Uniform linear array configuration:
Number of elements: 48
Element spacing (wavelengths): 0.5
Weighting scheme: exponential
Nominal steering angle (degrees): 15
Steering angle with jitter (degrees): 14.055
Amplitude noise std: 0.05
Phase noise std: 0.05

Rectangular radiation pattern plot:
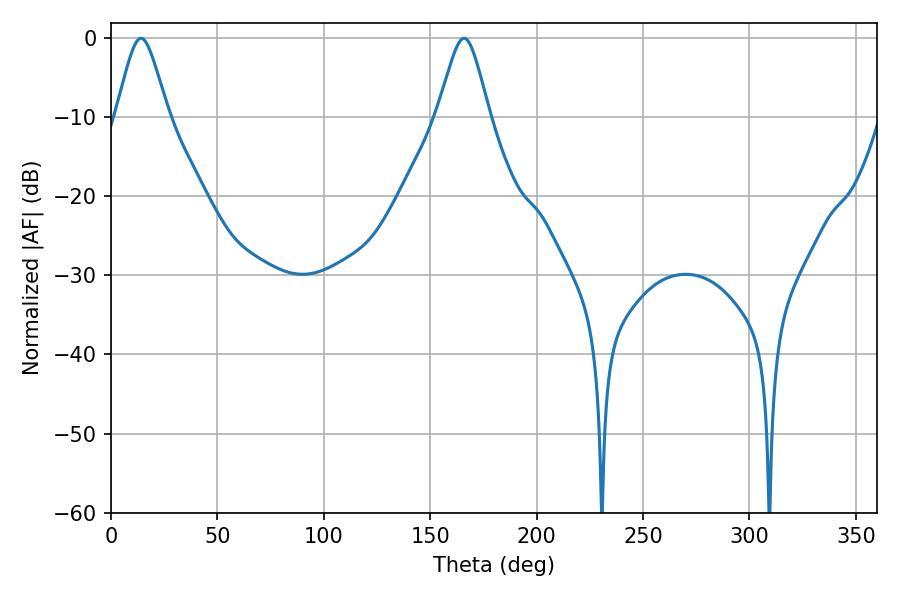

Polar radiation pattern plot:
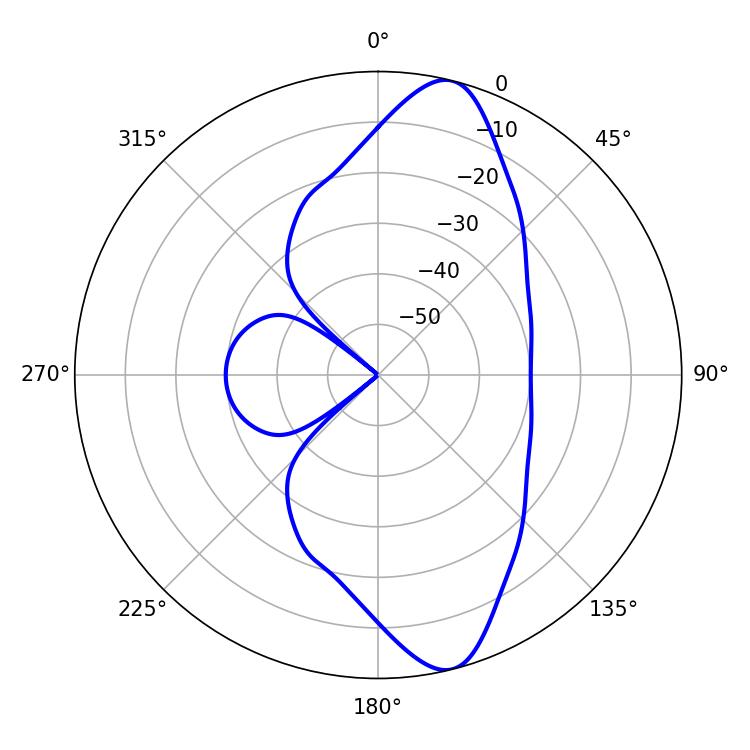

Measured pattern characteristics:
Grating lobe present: FALSE
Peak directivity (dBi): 11.908
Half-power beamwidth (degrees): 11.88
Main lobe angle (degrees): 14.04